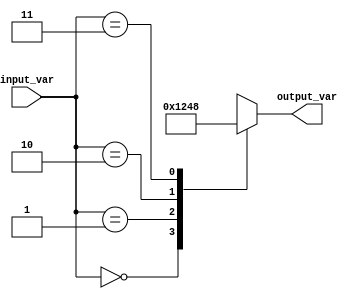
module case_statement_example(input [1:0] input_var, output reg [3:0] output_var);

  always @(*)
  begin
    case(input_var)
      2'b00: output_var = 4'b0001; 
      2'b01: output_var = 4'b0010;
      2'b10: output_var = 4'b0100;
      2'b11: output_var = 4'b1000;
    endcase
  end

endmodule